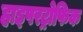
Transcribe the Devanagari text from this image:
हाइपरट्रोफिक